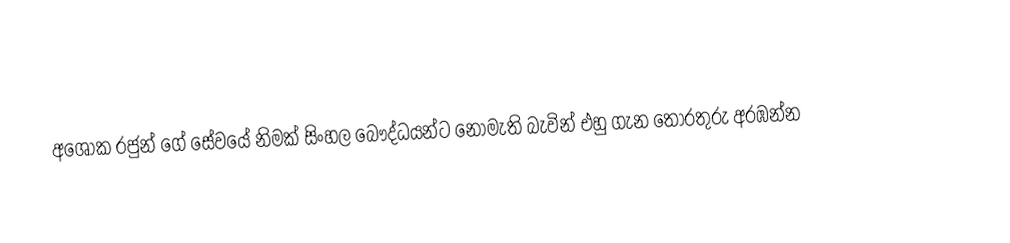
අශෝක රජුන් ගේ සේවයේ නිමක් සිංහල බෞද්ධයන්ට නොමැති බැවින් එහු ගැන තොරතුරු අරඹන්න